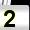
Digit: 2